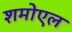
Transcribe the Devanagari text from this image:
शमोएल